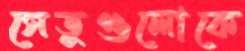
সেতুগুলোকে